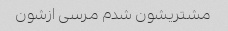
مشتریشون شدم مرسی ازشون